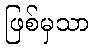
ဖြစ်မှသာ